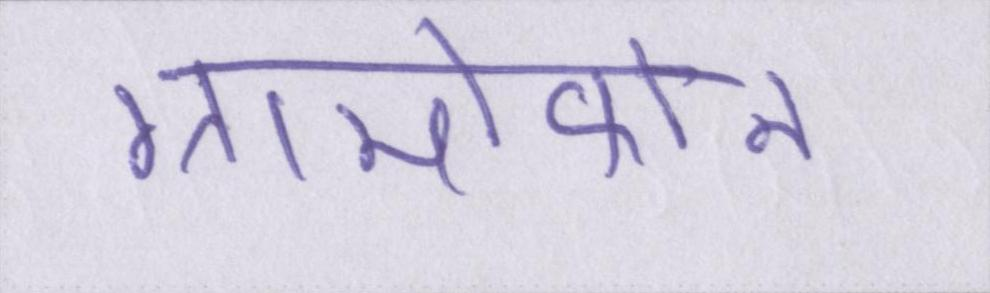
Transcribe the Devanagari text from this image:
ग्रामोफोन